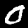
Label: 0